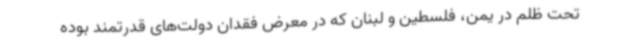
تحت ظلم در یمن، فلسطین و لبنان که در معرض فقدان دولت‌های قدرتمند بوده